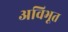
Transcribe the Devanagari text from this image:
अविभूत